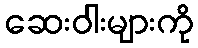
ဆေးဝါးများကို